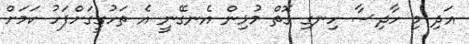
އަދި މި ހާދިސާ ހިނގި ގޮތް މުޅިން އެނގޭނީ އެ ތަހުގީގަށްފަހު ކަމަށް